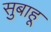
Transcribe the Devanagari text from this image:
सुबाहू